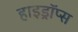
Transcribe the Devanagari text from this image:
हाइड्रॉप्स